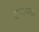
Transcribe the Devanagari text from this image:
टीएफ़एल